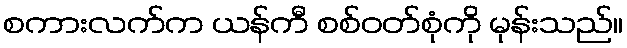
စကားလက်က ယန်ကီ စစ်ဝတ်စုံကို မုန်းသည်။